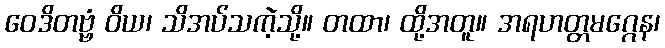
ဝေဒိတဗ္ဗံ ဝိယ၊ သိအပ်သကဲ့သို့။ တထာ၊ ထို့အတူ။ အရဟတ္တမဂ္ဂေန၊